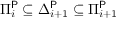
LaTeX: \Pi _ { i } ^ { \mathsf { P } } \subseteq \Delta _ { i + 1 } ^ { \mathsf { P } } \subseteq \Pi _ { i + 1 } ^ { \mathsf { P } }